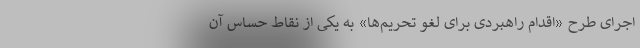
اجرای طرح «اقدام راهبردی برای لغو تحریم‌ها» به یکی از نقاط حساس آن